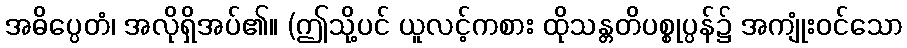
အဓိပ္ပေတံ၊ အလိုရှိအပ်၏။ (ဤသို့ပင် ယူလင့်ကစား ထိုသန္တတိပစ္စုပ္ပန်၌ အကျုံးဝင်သော